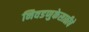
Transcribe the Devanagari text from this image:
निवडणुकेसाठीचे